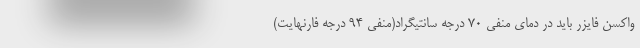
واکسن فایزر باید در دمای منفی ۷۰ درجه سانتیگراد(منفی ۹۴ درجه فارنهایت)